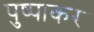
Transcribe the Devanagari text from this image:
पुष्पाकर